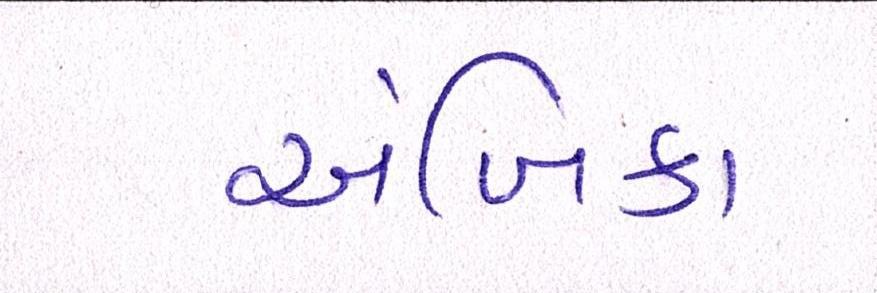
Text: અંબિકા